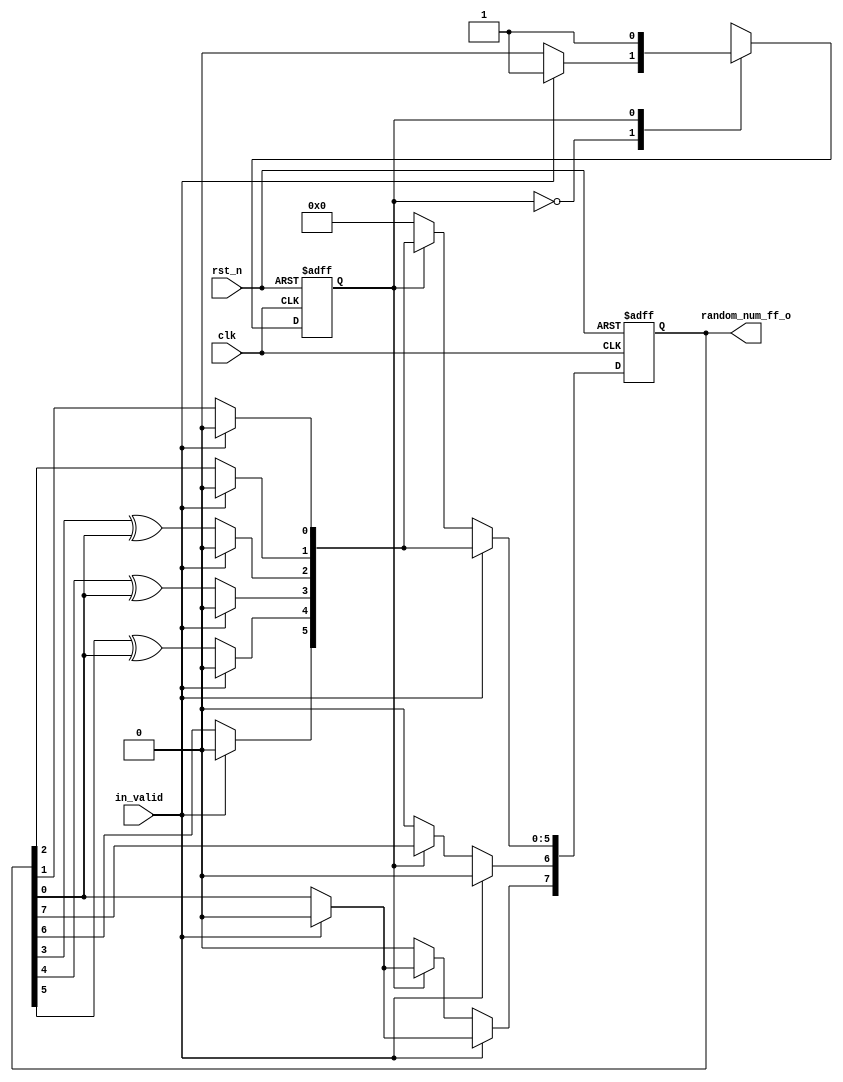
module LSFR #(
    parameter S_WIDTH = 8,  //INT8 ,
    parameter RANDOM_SEED = {S_WIDTH{1'b0}}
) (
    input clk,
    input rst_n,
    //1: 0~255 , 2:0 ~ 3, 3: 1~40
    input in_valid,
    output reg [S_WIDTH-1:0] random_num_ff_o
);
    //integer
    integer i;
    //reg_w
    reg [S_WIDTH-1:0] random_num_ff_temp;
    //reg
    reg [S_WIDTH-1:0] random_num_ff_reg;

    //-------FSM--------
    reg current_state, next_state;
    //next_state
    always @(*) begin
        case (current_state)
            0: next_state = in_valid ? 1 : 0;
            1: next_state = current_state;
            default: next_state = 0;
        endcase
    end

    //current_state
    always @(posedge clk or negedge rst_n) begin
        if (~rst_n) begin
            current_state <= 0;
        end else begin
            current_state <= next_state;
        end
    end

    //------main-------
    // Uses x^8 + x^6 + x^5 + x^4 + 1
    //random_num_ff_temp
    always @(*) begin
        for (i = 0; i < S_WIDTH; i = i + 1) begin
            if (in_valid) begin
                if (i === 3 || i === 4 || i === 5) begin
                    random_num_ff_temp[i-1] = RANDOM_SEED[i] ^ RANDOM_SEED[0];
                end else if (i === 0) begin
                    random_num_ff_temp[S_WIDTH-1] = RANDOM_SEED[0];
                end else begin
                    random_num_ff_temp[i-1] = RANDOM_SEED[i];
                end
            end else if (current_state) begin
                if (i === 3 || i === 4 || i === 5) begin
                    random_num_ff_temp[i-1] = random_num_ff_reg[i] ^ random_num_ff_reg[0];
                end else if (i === 0) begin
                    random_num_ff_temp[S_WIDTH-1] = random_num_ff_reg[0];
                end else begin
                    random_num_ff_temp[i-1] = random_num_ff_reg[i];
                end
            end else begin
                random_num_ff_temp = 0;
            end
        end
    end

    //reg
    always @(posedge clk or negedge rst_n) begin
        if (~rst_n) begin
            random_num_ff_reg <= 0;
        end else begin
            random_num_ff_reg <= random_num_ff_temp;
        end
    end

    //Outputs
    always @(*) begin
        random_num_ff_o = random_num_ff_reg[S_WIDTH-1:0];
    end


endmodule